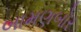
બામણબોર